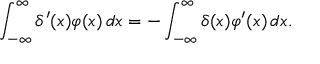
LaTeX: \int _ { - \infty } ^ { \infty } \delta ^ { \prime } ( x ) \varphi ( x ) \, d x = - \int _ { - \infty } ^ { \infty } \delta ( x ) \varphi ^ { \prime } ( x ) \, d x .